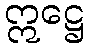
ဣဋ္ဌေ